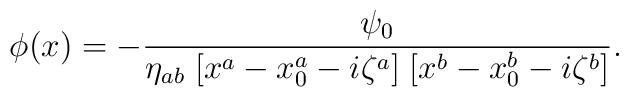
\phi(x) = - {\psi_0\over\eta_{ab} \;[x^a-x_0^a-i\zeta^a] \; [x^b-x_0^b-i \zeta^b]}.